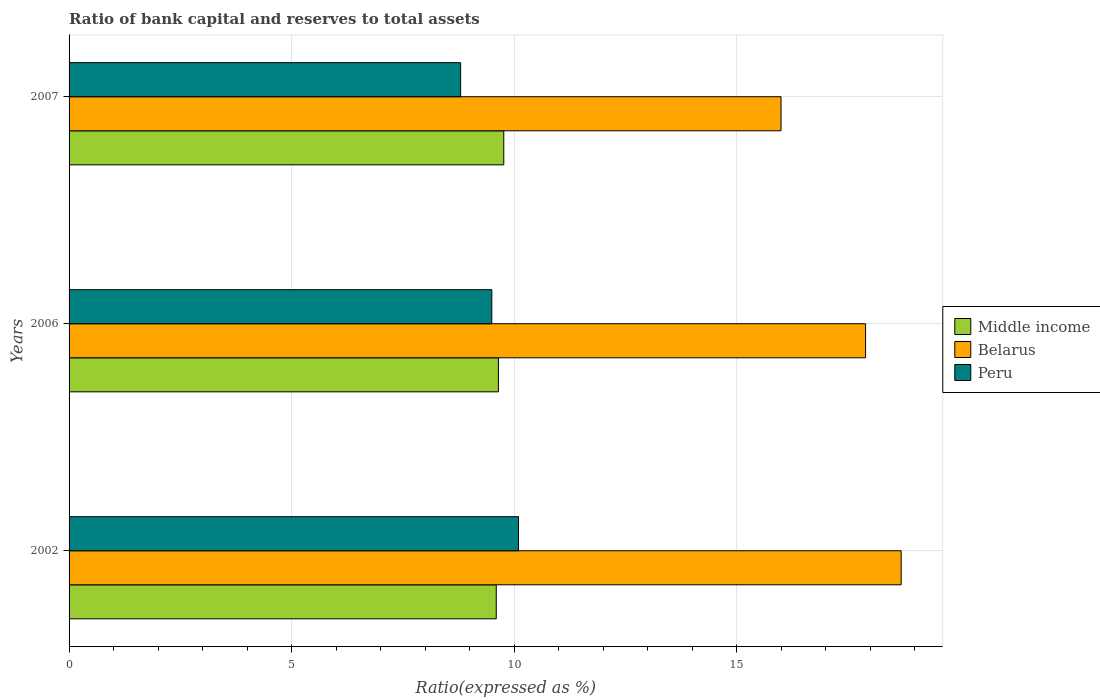
| Years | Middle income | Belarus | Peru |
 | --- | --- | --- | --- |
 | 2002 | 9.6 | 18.7 | 10.1 |
 | 2006 | 9.65 | 17.9 | 9.5 |
 | 2007 | 9.77 | 16 | 8.8 |